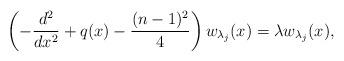
LaTeX: \begin{align*} \left( -\frac{d^2}{dx^2} + q(x) - \frac{(n-1)^2}{4} \right) w _{\lambda_j}(x) =\lambda w_{\lambda_j} (x),\end{align*}